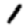
Digit: 1